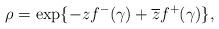
LaTeX: \begin{align*}\rho =\exp \{-zf^{-}(\gamma )+\overline{z}f^{+}(\gamma )\}, \end{align*}